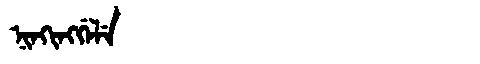
Manchu: ᠨᡳᠨᡴᡳᠩᡤᡝᠯᡝ
Romanization: NINKINGGELE